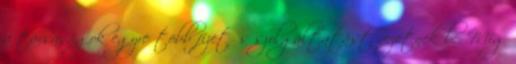
a társaságok egyre több fizetős szolgáltatást vezetnek be. Míg